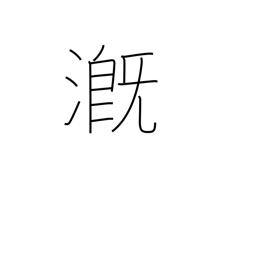
Meaning: pour